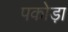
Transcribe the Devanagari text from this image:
पकोड़ा़